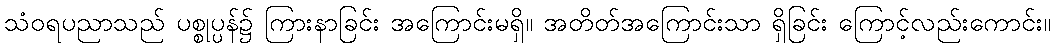
သံဝရပညာသည် ပစ္စုပ္ပန်၌ ကြားနာခြင်း အကြောင်းမရှိ။ အတိတ်အကြောင်းသာ ရှိခြင်း ကြောင့်လည်းကောင်း။